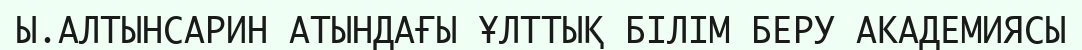
Ы.АЛТЫНСАРИН АТЫНДАҒЫ ҰЛТТЫҚ БІЛІМ БЕРУ АКАДЕМИЯСЫ